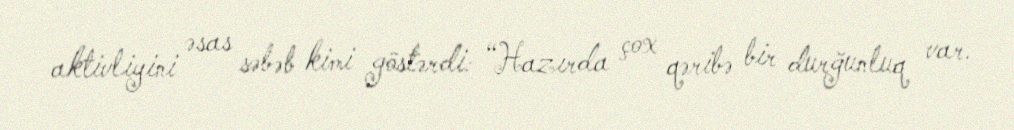
aktivliyini əsas səbəb kimi göstərdi: “Hazırda çox qəribə bir durğunluq var.